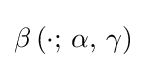
\beta \left(\cdot ;\,\alpha ,\,\gamma \right)